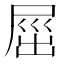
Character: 𡲒